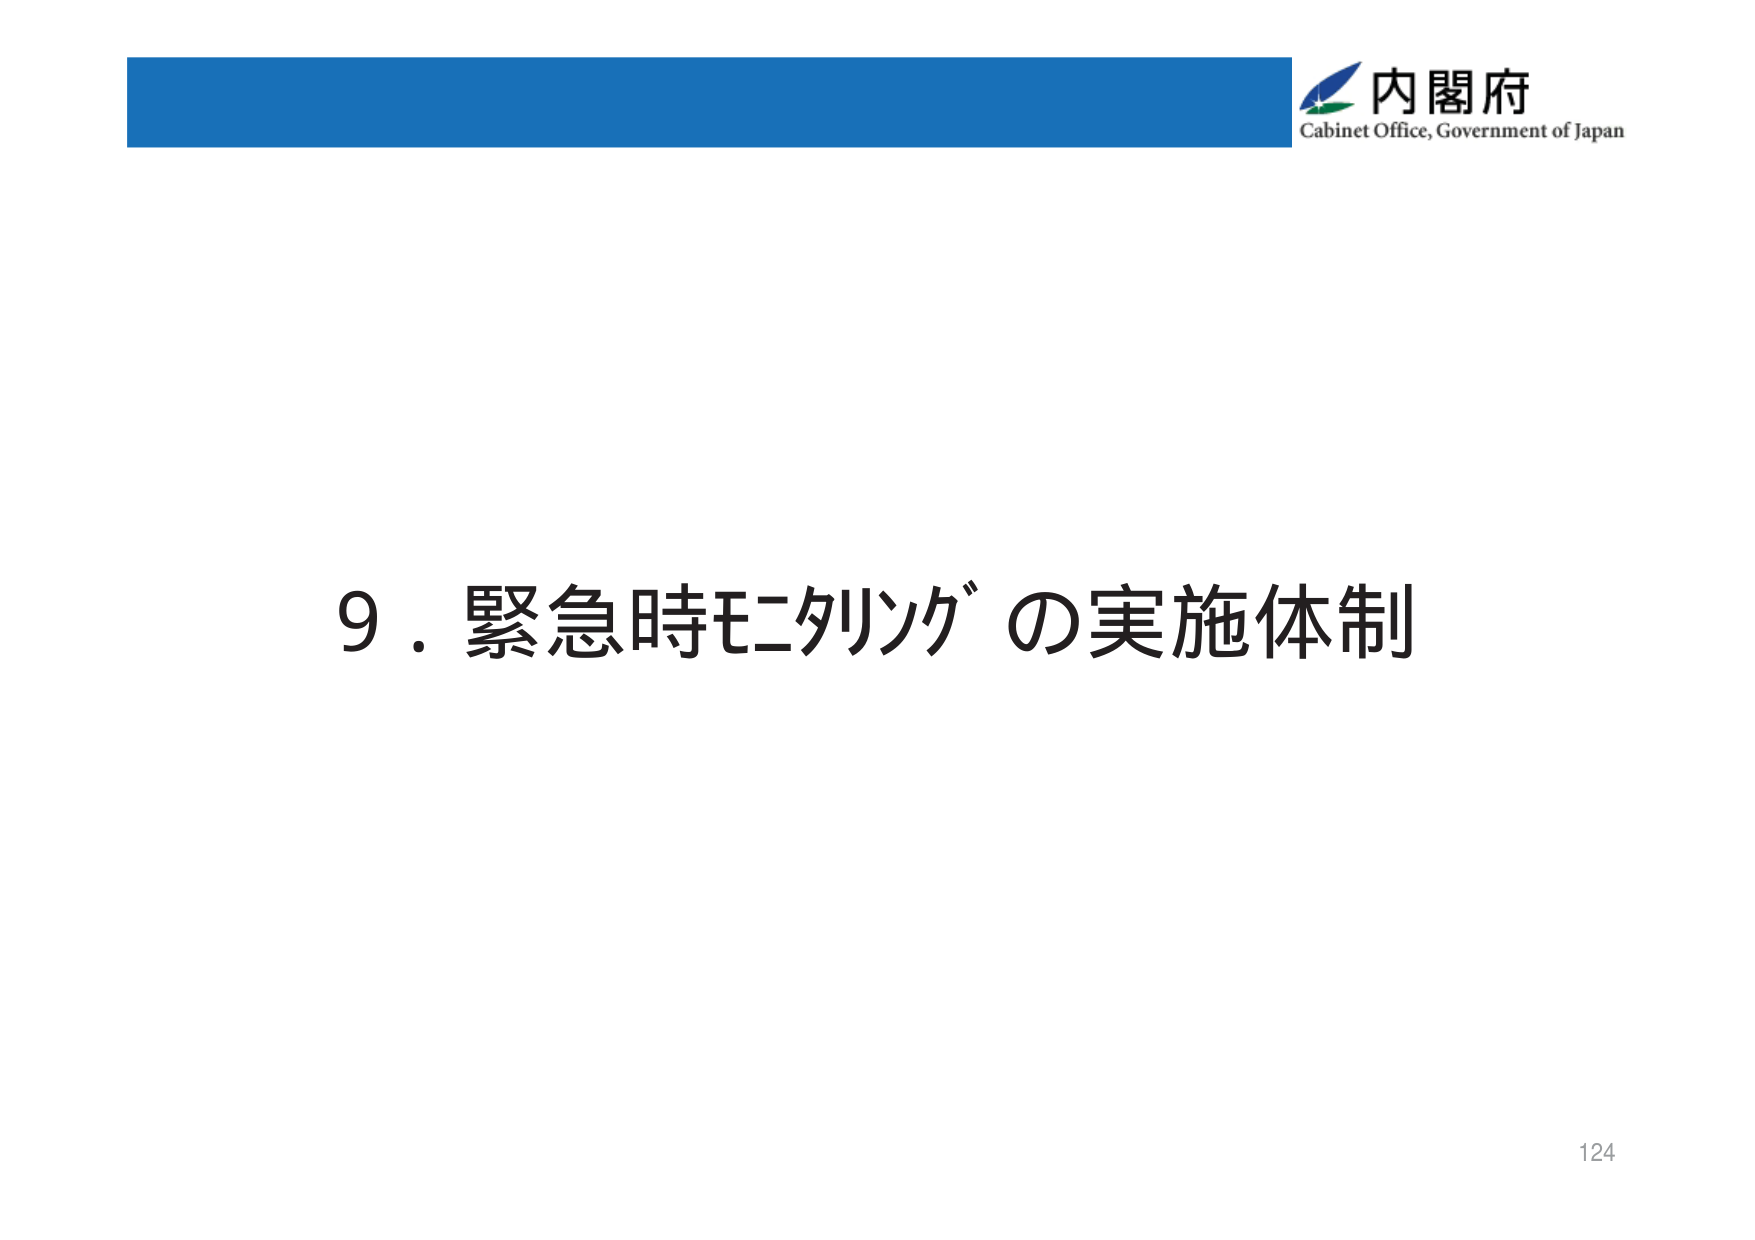
内閣府
Cabinet Office, Government of Japan
9．緊急時モニタリングの実施体制
124